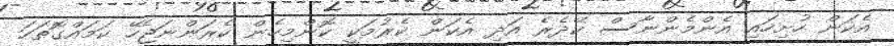
އެކަން ހުށިހައި އެންމެންނާސް ކޭދެރެ އަދި އެކަން ކެރުމަކީ ކޮންމިހެން ކެރަންނަޖެހޭ ކަމައްގޮތަހަ